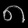
Digit: ၈